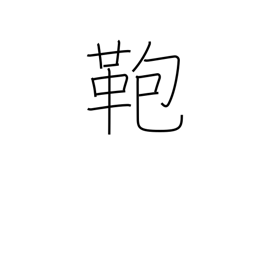
Meaning: suitcase